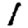
Digit: 1